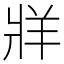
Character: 牂